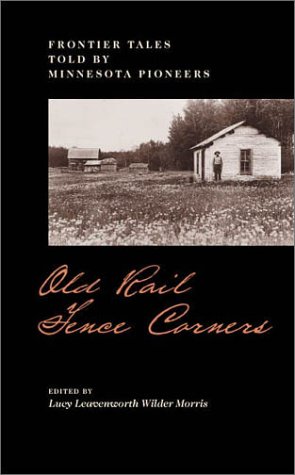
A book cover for Old Rail Fence Corners: Frontier Tales Told By Minnesota Pioneers (Borealis Books); Lucy L. Morris; Biographies & Memoirs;